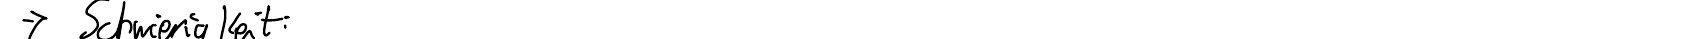
-> Schwierigkeit: